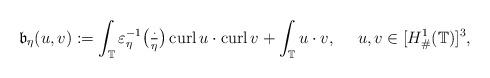
LaTeX: \begin{align*}{\mathfrak b}_\eta(u,v):=\int_{\mathbb T}\varepsilon_\eta^{-1}\bigl(\tfrac{\cdot}{\eta}\bigr)\,{\rm curl}\,u\cdot {\rm curl}\,v+\int_{\mathbb T}u\cdot v,\ \ \ \ u,v\in [H^1_{\#}({\mathbb T})]^3,\end{align*}